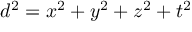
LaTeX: d ^ { 2 } = x ^ { 2 } + y ^ { 2 } + z ^ { 2 } + t ^ { 2 }